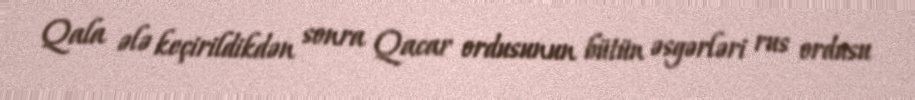
Qala ələ keçirildikdən sonra Qacar ordusunun bütün əsgərləri rus ordusu